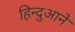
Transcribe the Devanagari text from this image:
हिन्दुआने